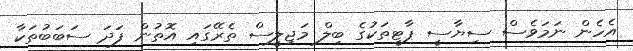
އެހެން ނަމަވެސް ސިޔާސީ ޕާޓީތަކުގެ ބިލް މަޖިލީސް ތެރޭގައި އޮތުން ފަދަ ސަބަބުތަކާ